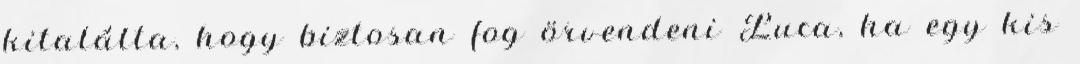
kitalálta, hogy biztosan fog örvendeni Luca, ha egy kis